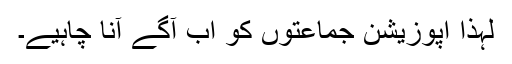
لہذا اپوزیشن جماعتوں کو اب آگے آنا چاہیے۔